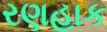
રણહાક